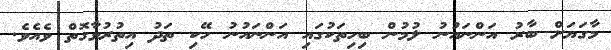
މާގަޔަށް ބާރު އަންނައުނު ލުމުން ބިހިތަކުގައި އަންނައުނު ހޭކި ތަދު އިތުރުވާގޮތް ވެއެވެ.